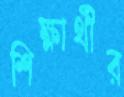
শিক্ষার্থীর